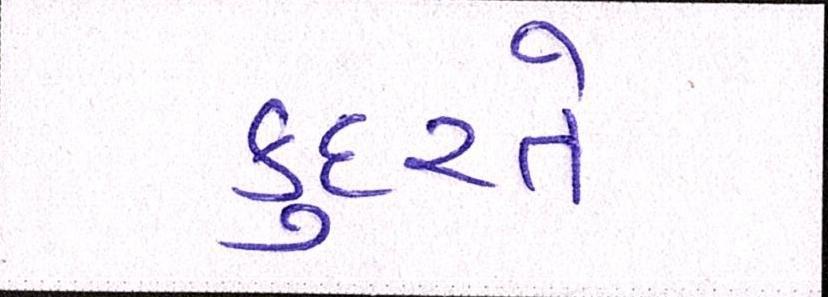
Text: કુદરતે